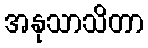
အနုသာသိတာ